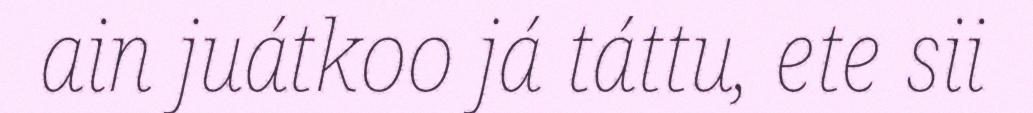
ain juátkoo já táttu, ete sii